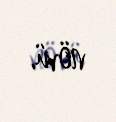
növü.